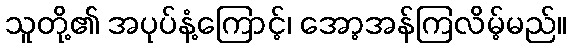
သူတို့၏ အပုပ်နံ့ကြောင့်၊ အော့အန်ကြလိမ့်မည်။